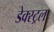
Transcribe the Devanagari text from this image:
डेक्स्ट्रल